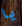
يا